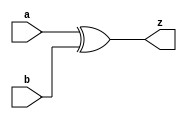
module xor2_1 (
   z,
   a, b
   );
   parameter DELAY = 1;
   input a,b;
   output z;
   assign #DELAY z = a ^ b;
endmodule